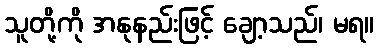
သူတို့ကို အနုနည်းဖြင့် ချော့သည်၊ မရ။